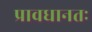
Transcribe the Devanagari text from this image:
प्रावधानतः